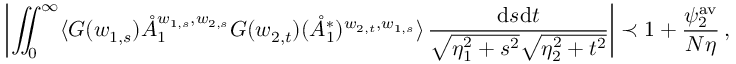
\left| \iint _ { 0 } ^ { \infty } \langle G ( w _ { 1 , s } ) \mathring { A } _ { 1 } ^ { w _ { 1 , s } , w _ { 2 , s } } G ( w _ { 2 , t } ) ( \mathring { A } _ { 1 } ^ { * } ) ^ { w _ { 2 , t } , w _ { 1 , s } } \rangle \, \frac { \mathrm { d } s \mathrm { d } t } { \sqrt { \eta _ { 1 } ^ { 2 } + s ^ { 2 } } \sqrt { \eta _ { 2 } ^ { 2 } + t ^ { 2 } } } \right| \prec 1 + \frac { \psi _ { 2 } ^ { \mathrm { a v } } } { N \eta } \, ,